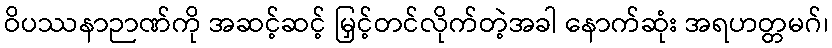
ဝိပဿနာဉာဏ်ကို အဆင့်ဆင့် မြှင့်တင်လိုက်တဲ့အခါ နောက်ဆုံး အရဟတ္တမဂ်၊